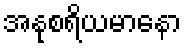
အနုစရိယမာနော